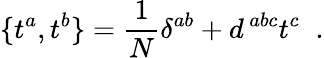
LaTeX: \{ t^{a},t^{b}\} ={\frac{1}{N}}\delta^{ab}+d^{\, abc}t^{c}\; \; .